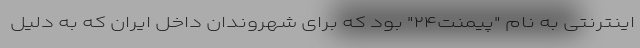
اینترنتی به نام "پیمنت۲۴" بود که برای شهروندان داخل ایران که به دلیل